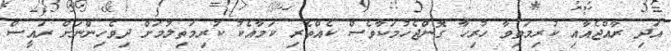
އަދި ރާއްޖެއާއި ކުރިމަތިވާ ހުރިހާ ގޮންޖެހުމަކާވެސް ކެއްތެރި ކަމާއެކު ކުރިމަތިލުމަށް ދިވެހިންނަށް ރައީސް